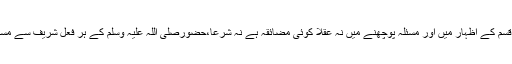
تب یہ سوال کیا اس قسم کے اظہار میں اور مسئلہ پوچھنے میں نہ عقلًا کوئی مضائقہ ہے نہ شرعًا،حضورصلی اللہ علیہ وسلم کے ہر فعل شریف سے مسائل معلوم ہوئے ہیں۔